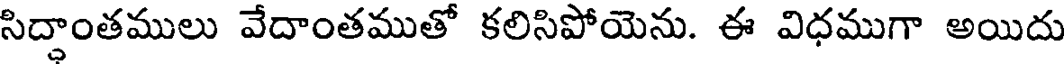
సిద్దాంతములు వేదాంతముతో కలిసిపోయెను. ఈ విధముగా అయిదు